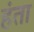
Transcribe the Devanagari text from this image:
हंता